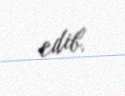
edib.